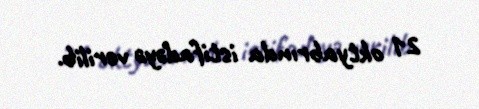
21 oktyabrında istifadəyə verilib.